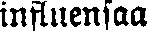
influensaa